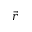
\vec { r }